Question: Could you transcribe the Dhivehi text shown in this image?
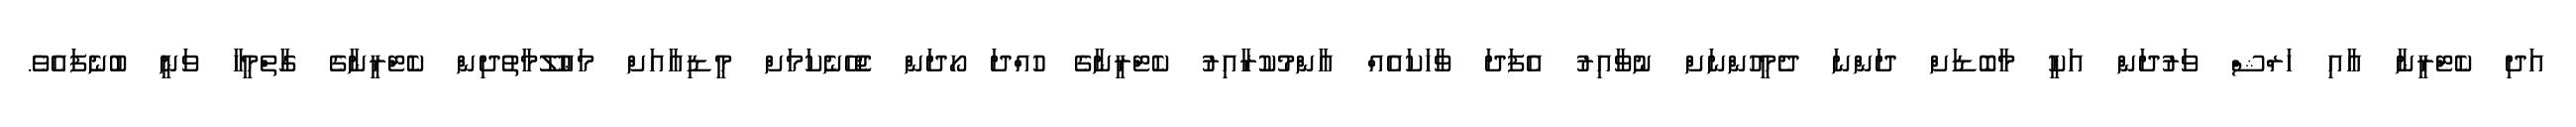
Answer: އަދި ކެޓްރީނާ އާއި ހަރްޝް ވަރުދަން އަކީ މާބޮޑަށް ދަންނަ ދެމީހުންނަށް ނުވާއިރު އެފަދަ ވާހަކައެއް އާންމުކުރާއިރު ކެޓްރީނާގެ ހުއްދަ ހޯދަން ޖެހޭނެކަމަށް މީޑިއާއަށް މަޢުލޫމާތުދިން ކެޓްރީނާގެ ގާތްމީހާ ވަނީ ބުނެފައެވެ.